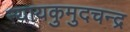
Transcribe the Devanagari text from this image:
न्यायकुमुदचन्द्र